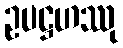
ဥပဋ္ဌဟဿု